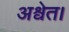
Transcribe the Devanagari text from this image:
अश्वेत।